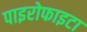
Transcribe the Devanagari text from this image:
पाइरोफाइटा